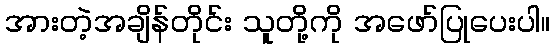
အားတဲ့အချိန်တိုင်း သူတို့ကို အဖော်ပြုပေးပါ။